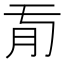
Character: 𦘼